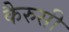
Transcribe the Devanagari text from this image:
कैरुसी